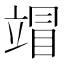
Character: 𰩦